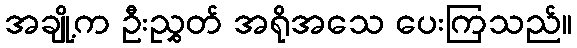
အချို့က ဦးညွှတ် အရိုအသေ ပေးကြသည်။